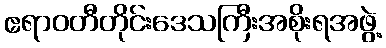
ဧရာဝတီတိုင်းဒေသကြီးအစိုးရအဖွဲ့